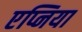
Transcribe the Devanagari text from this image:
एप्निया